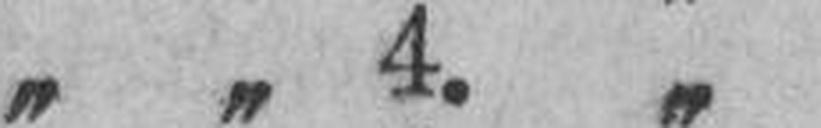
„ „ 4. „